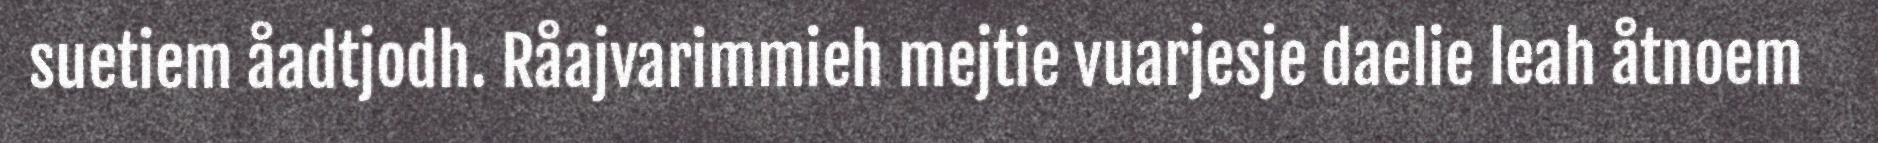
suetiem åadtjodh. Råajvarimmieh mejtie vuarjesje daelie leah åtnoem